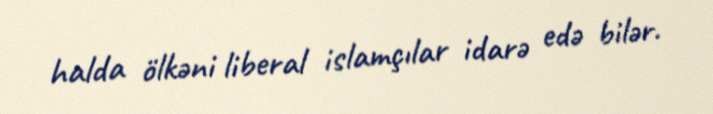
halda ölkəni liberal islamçılar idarə edə bilər.